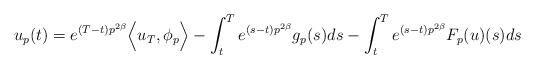
LaTeX: \begin{align*}u_p(t)= e^{(T-t)p^{2\beta}} \Big<u_T, \phi_p \Big> -\int_t^T e^{(s-t)p^{2\beta}} g_p(s)ds-\int_t^T e^{(s-t)p^{2\beta}} F_p(u)(s)ds\end{align*}